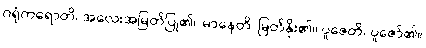
ဂရုံကရောတိ၊ အလေးအမြတ်ပြု၏။ မာနေတိ၊ မြတ်နိုး၏။ ပူဇေတိ၊ ပူဇော်၏။